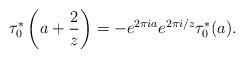
LaTeX: \begin{align*}\tau^{*}_0\left(a+\frac{2}{z}\right)=-e^{2\pi i a}e^{2\pi i/z}\tau^{*}_0(a).\end{align*}